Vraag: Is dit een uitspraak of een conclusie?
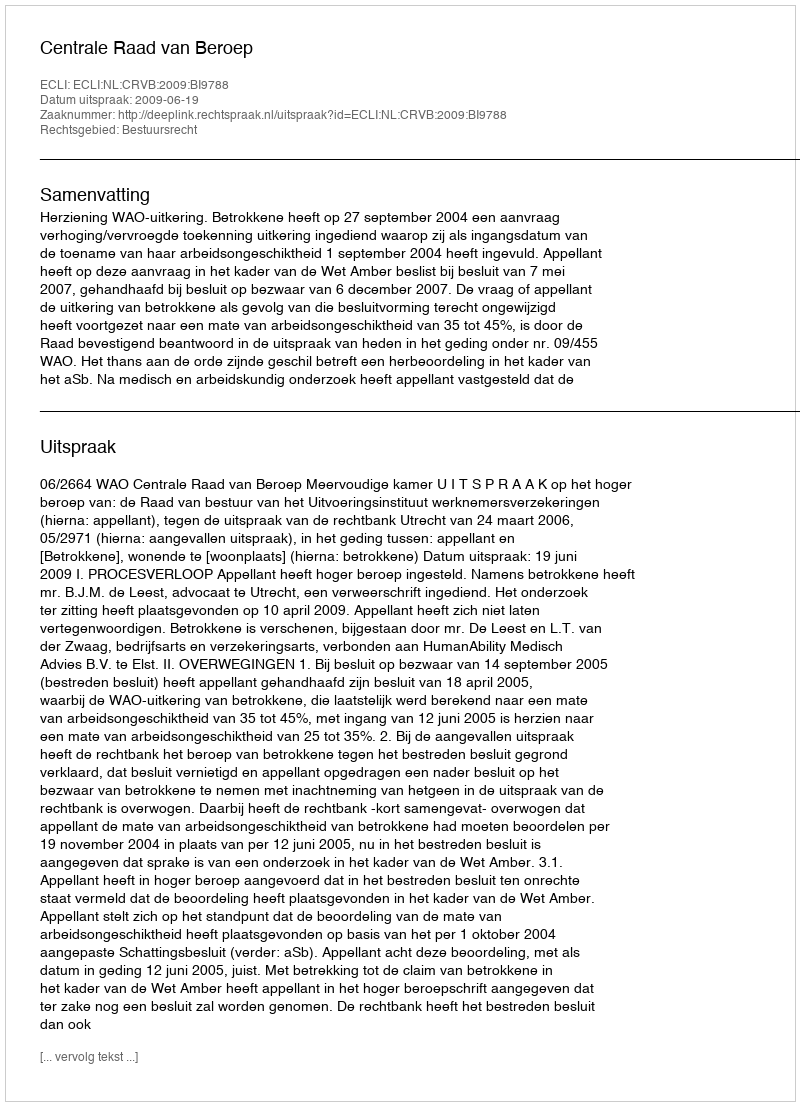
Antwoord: Uitspraak